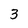
Character: 3